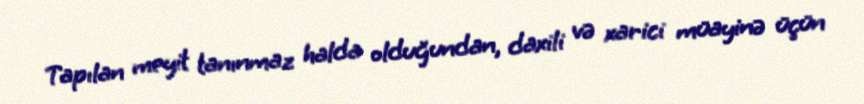
Tapılan meyit tanınmaz halda olduğundan, daxili və xarici müayinə üçün